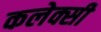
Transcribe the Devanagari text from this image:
कलेक्सी